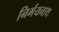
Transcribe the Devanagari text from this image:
निर्भयनाथ